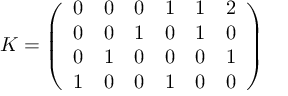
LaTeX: K = \left( \begin{array} { l l l l l l } { { 0 } } & { { 0 } } & { { 0 } } & { { 1 } } & { { 1 } } & { { 2 } } \\ { { 0 } } & { { 0 } } & { { 1 } } & { { 0 } } & { { 1 } } & { { 0 } } \\ { { 0 } } & { { 1 } } & { { 0 } } & { { 0 } } & { { 0 } } & { { 1 } } \\ { { 1 } } & { { 0 } } & { { 0 } } & { { 1 } } & { { 0 } } & { { 0 } } \end{array} \right)